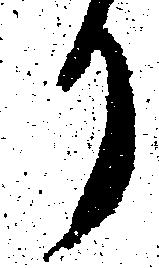
り